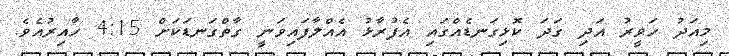
މިއަދު ހަވީރު އަދި ގަދަ ކޮޅިގަނޑެއްގައި އެފުރާޅު އެއްލާފައިވަނީ ގާތްގަނޑަކަށް 4:15 ހާއިރުއެވެ.